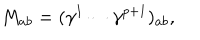
M _ { a b } = ( \gamma ^ { 1 } \cdots \gamma ^ { p + 1 } ) _ { a b } ,